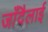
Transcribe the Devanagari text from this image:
जाँदैलाई